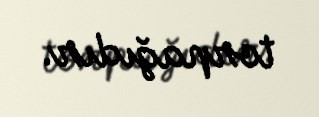
torpağıdır.